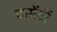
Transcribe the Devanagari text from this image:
कमेंटों